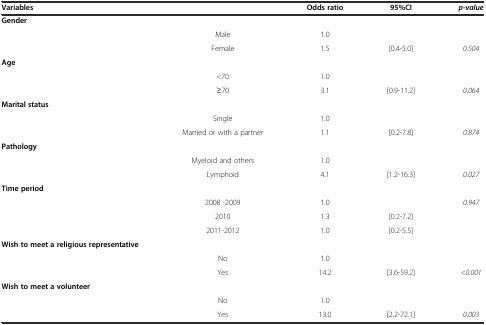
<table><thead><tr><td><b>Variables</b></td><td></td><td><b>Odds ratio</b></td><td><b>95%CI</b></td><td><b><i>p-value</i></b></td></tr></thead><tbody><tr><td><b>Gender</b></td><td></td><td></td><td></td><td></td></tr><tr><td rowspan="2"></td><td>Male</td><td>1.0</td><td></td><td></td></tr><tr><td>Female</td><td>1.5</td><td>[0.4-5.0]</td><td><i>0.504</i></td></tr><tr><td><b>Age</b></td><td></td><td></td><td></td><td></td></tr><tr><td rowspan="2"></td><td>&lt;70</td><td>1.0</td><td></td><td></td></tr><tr><td>≥70</td><td>3.1</td><td>[0.9-11.2]</td><td><i>0.064</i></td></tr><tr><td><b>Marital status</b></td><td></td><td></td><td></td><td></td></tr><tr><td rowspan="2"></td><td>Single</td><td>1.0</td><td></td><td></td></tr><tr><td>Married or with a partner</td><td>1.1</td><td>[0.2-7.8]</td><td><i>0.874</i></td></tr><tr><td><b>Pathology</b></td><td></td><td></td><td></td><td></td></tr><tr><td rowspan="2"></td><td>Myeloid and others</td><td>1.0</td><td></td><td></td></tr><tr><td>Lymphoid</td><td>4.1</td><td>[1.2-16.3]</td><td><i>0.027</i></td></tr><tr><td><b>Time period</b></td><td></td><td></td><td></td><td></td></tr><tr><td rowspan="3"></td><td>2008 -2009</td><td>1.0</td><td></td><td><i>0.947</i></td></tr><tr><td>2010</td><td>1.3</td><td>[0.2-7.2]</td><td></td></tr><tr><td>2011-2012</td><td>1.0</td><td>[0.2-5.5]</td><td></td></tr><tr><td><b>Wish to meet a religious representative</b></td><td></td><td></td><td></td><td></td></tr><tr><td rowspan="2"></td><td>No</td><td>1.0</td><td></td><td></td></tr><tr><td>Yes</td><td>14.2</td><td>[3.6-59.2]</td><td><i>&lt;0.001</i></td></tr><tr><td><b>Wish to meet a volunteer</b></td><td></td><td></td><td></td><td></td></tr><tr><td></td><td>No</td><td>1.0</td><td></td><td></td></tr><tr><td></td><td>Yes</td><td>13.0</td><td>[2.2-72.1]</td><td><i>0.003</i></td></tr></tbody></table>